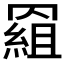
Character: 𰭕